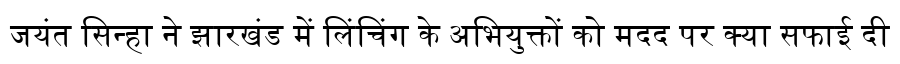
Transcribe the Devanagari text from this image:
जयंत सिन्हा ने झारखंड में लिंचिंग के अभियुक्तों को मदद पर क्या सफाई दी